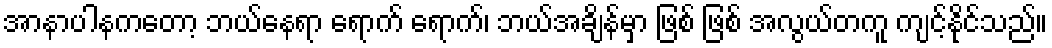
အာနာပါနကတော့ ဘယ်နေရာ ရောက် ရောက်၊ ဘယ်အချိန်မှာ ဖြစ် ဖြစ် အလွယ်တကူ ကျင့်နိုင်သည်။